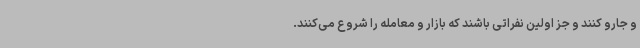
و جارو کنند و جز اولین نفراتی باشند که بازار و معامله را شروع می‌کنند.